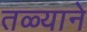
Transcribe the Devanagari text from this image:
तळ्याने